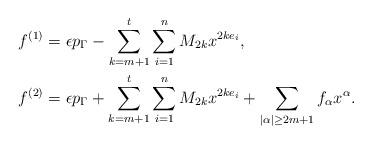
LaTeX: \begin{align*}f^{(1)} & = \epsilon p_\Gamma -\sum_{k=m+1}^t\sum_{i=1}^n M_{2k} x^{2ke_i},\\ f^{(2)} & = \epsilon p_\Gamma + \sum_{k=m+1}^t\sum_{i=1}^n M_{2k} x^{2ke_i} + \sum_{|\alpha|\geq 2m+1}f_\alpha x^\alpha.\end{align*}